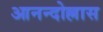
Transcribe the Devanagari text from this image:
आनन्दोल्लास